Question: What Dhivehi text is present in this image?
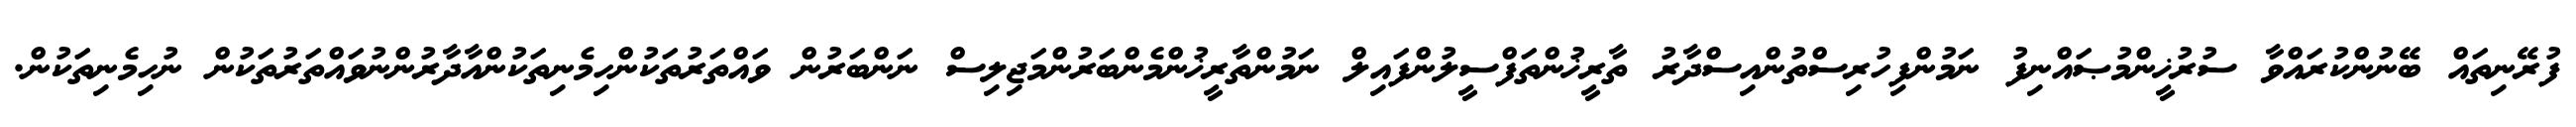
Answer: ފުރޭނިތައް ބޭނުންކުރައްވާ ސުރުޚީންމުޞައްނިފު ނަމުންފިހުރިސްތުންއިސްދާރު ތާރީޚުންތަފްސީލުންފައިލް ނަމުންތާރީޚުންމެންބަރުންމަޖިލިސް ނަންބަރުން ވައްތަރުތަކުންހިމެނިތަކުންއާދާރުންނުވައްތަރުތަކުން ނުހިމެނިތަކުން.